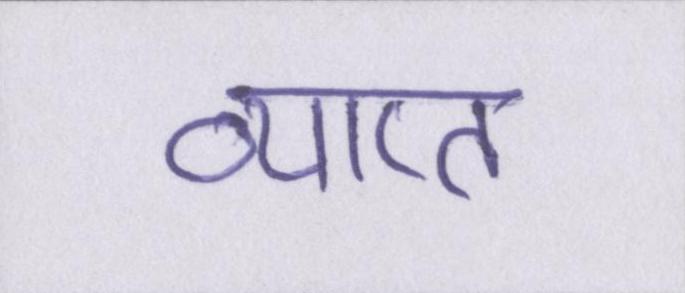
व्याप्त